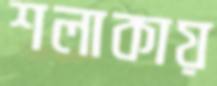
শলাকায়